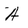
Character: A